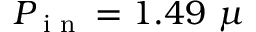
P _ { \textrm { i n } } = 1 . 4 9 \ \mu